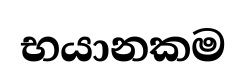
භයානකම